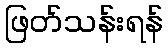
ဖြတ်သန်းရန်